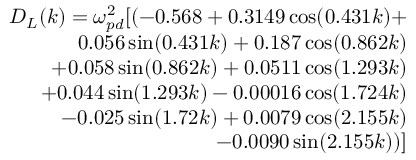
\begin{array} { r } { D _ { L } ( k ) = \omega _ { p d } ^ { 2 } [ ( - 0 . 5 6 8 + 0 . 3 1 4 9 \cos ( 0 . 4 3 1 k ) + } \\ { 0 . 0 5 6 \sin ( 0 . 4 3 1 k ) + 0 . 1 8 7 \cos ( 0 . 8 6 2 k ) } \\ { + 0 . 0 5 8 \sin ( 0 . 8 6 2 k ) + 0 . 0 5 1 1 \cos ( 1 . 2 9 3 k ) } \\ { + 0 . 0 4 4 \sin ( 1 . 2 9 3 k ) - 0 . 0 0 0 1 6 \cos ( 1 . 7 2 4 k ) } \\ { - 0 . 0 2 5 \sin ( 1 . 7 2 k ) + 0 . 0 0 7 9 \cos ( 2 . 1 5 5 k ) } \\ { - 0 . 0 0 9 0 \sin ( 2 . 1 5 5 k ) ) ] } \end{array}